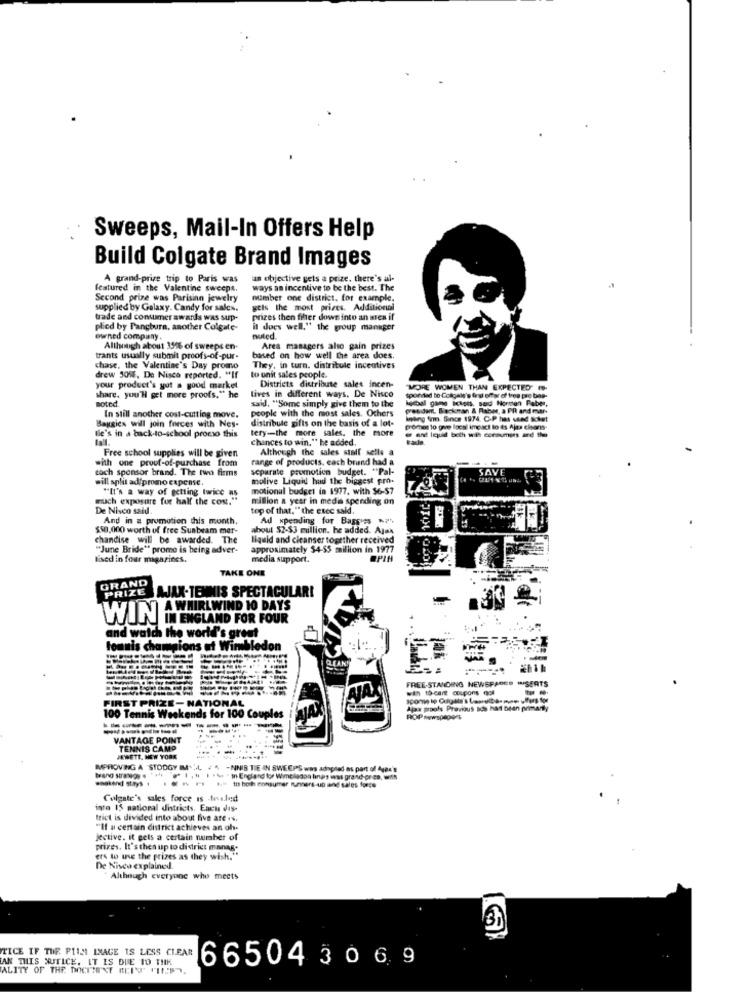
Sweeps, Mail-In Offers Help
Build Colgate Brand Images
A grand-prize trip to Paris was
an objective gels a prize. there's al-
featured in the Valentine sweeps.
ways an incentive to be the best. The
Second prize was Parisinn jewelry
number one district, for example.
supplied by Galaxy. Candy for sales.
gels the most prices. Additional
trade and consumer awards was sup-
prizes then fiher down into an men if
plied by Panchura, another Colgate-
it does well." the group manager
owned company
noted
Although about 35% of sweeps en-
Area managers also gain prizes
trants usually submit proofs-of-pur-
based on how well the area does.
chase, the Valentine's Day promo
They, in turn. distribule incentives
drew 501, De Nisca reported. "If
to unit sales people.
your product's yut a good market
Districts distribute sales incen-
MORE WOMEN THAN EXPECTED
share. you'll get more proofs." he
Boted
lives in different ways. De Nisco
kosal gamse Ichols, sad Normen Faber,
sponded to Colgate's fral offer of tree pro bas-
said, "Some simply give them to the
people with the most sales. Others
president, Backman & Raber, a PR and mar-
In still another cost-cutting move.
kning firm. Since 1974. C.P has sted Icket
Baggies will join forces with Nes-
distribute gifts on the basis of a lot-
tery-the more sales, the more
promes lo que local impact lo ds Ajas cisans-
Ile's in a back-to-school procso this
chances to win." he added.
Free school supplies will be given
Although the sales staff sells a
with one proof-of-purchase from
range of products, cach brund had a
tach sponsor brand. The two firms
separate promotion budget. "Pal-
SAVE
will split ad/promo expense.
molive Liquid had the biggest pro-
"It's a way of getting twice as
motional budget in 1977, with $6-57
much exposure for half the cost."
million a year in media spending on
De Nisco said.
top of that." the exec said.
And in a promotion this month,
Ad spending for Bags'es NP
$50.000 worth of free Sunbeam mer-
about $2-53 million. he added. Ajax
chandise will be awarded. The
liquid and cleanser together received
"June Bride" prome is being adver-
approximately $4-$5 million in 1977
Nised in four magazines.
media support.
OPIH
TAKE ONE
GRAND
AJAX-TENNIS SPECTACULAR!
A WHIRLWIND 10 DAYS
WIN IN ENGLAND FOR FOUR
and watch the world's great
tommis champions ut Wimble
CLEAN
FREE-STANDING NEWSPACES INSERTS
with 10-cant coupons not
FIRST PRIZE-NATIONAL
Ajax proofs Previous ads hat bean primarily
100 Tennis Weekends for 100 Couples
-----
HOP newspapers
------
VANTAGE POINT
TENNIS CAMP
JEWETT. NEW YORK
MPROVING A STODGY ML, A -NNIS TIE IN SWEEPS was adopted as part of Ajax's
enskend stays .
₩ 1 . . .. . 4 - In England for Wimbledon lings was grand-pres, with
.. In hoch consumer runners-up and sales force
Colgate's sales force is -fraled
into 15 national districts. Each dis-
trict is divided into about five are .s.
"If a certain district achieves an oh-
Jective. it gets a certain number of
prizes. It's thes up to di driet manag.
ers to use the prizes as they wish."
De Nisca explained.
Although everyone who meets
TICE IF THE FILM IMAGE IS LESS CLEAR
AK THIS WUTICE. IT IS DUE TO THE
ALITY OF THE DOCUMENT HEIT "IL.PT.
665043069